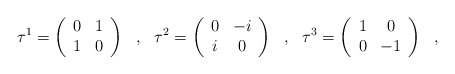
\begin{align*}\tau^1=\left(\begin{array}{c c}0 & 1 \\1 & 0 \end{array}\right)\ \ ,\ \ \tau^2=\left(\begin{array}{c c}0 & -i \\i & 0 \end{array}\right)\ \ ,\ \ \tau^3=\left(\begin{array}{c c}1 & 0 \\0 & -1 \end{array}\right)\ \ ,\end{align*}